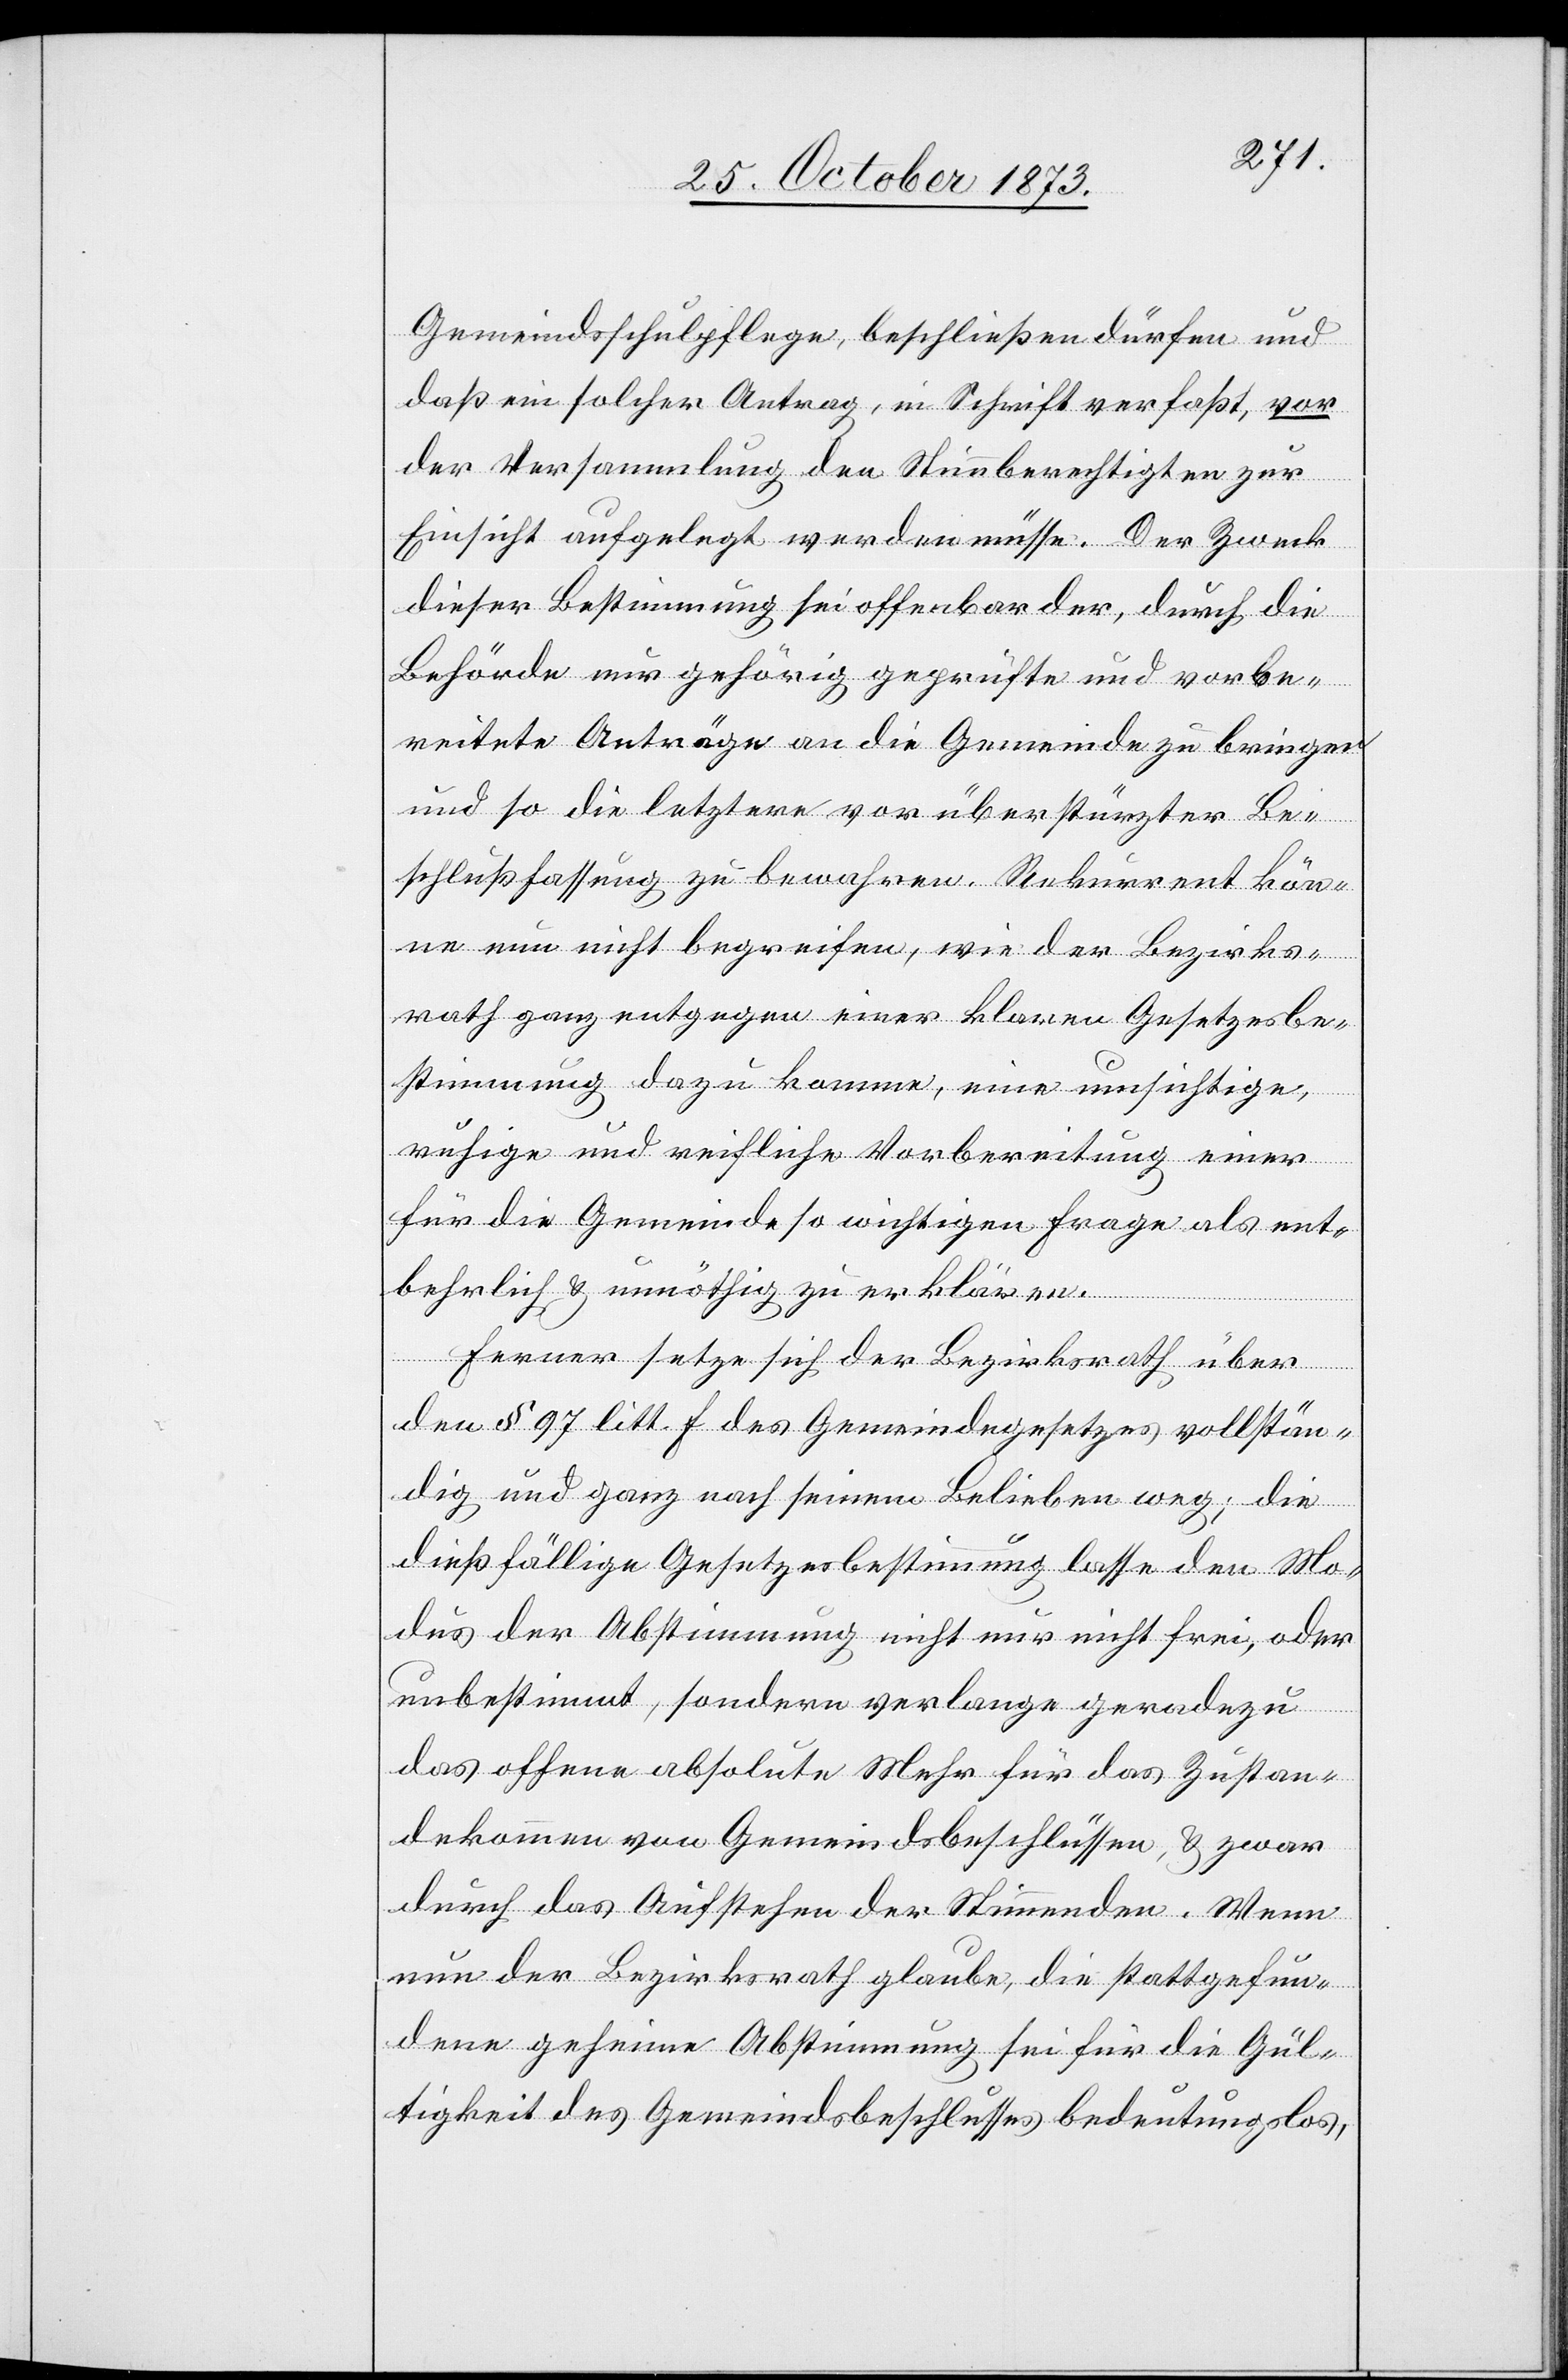
Gemeindsschulpflege, beschließen dürfen und
daß ein solcher Antrag, in Schrift verfaßt, vor
der Versammlung den Stimmberechtigten zur
Einsicht aufgelegt werden müsse. Der Zweck
dieser Bestimmung sei offenbar der, durch die
Behörde nur gehörig geprüfte und vorbe¬
reitete Anträge an die Gemeinde zu bringen
und so die letztere vor überstürzter Be¬
schlußfassung zu bewahren. Rekurrent kön¬
ne nun nicht begreifen, wie der Bezirks¬
rath ganz entgegen einer klaren Gesetzesbe¬
stimmung dazu komme, eine umsichtige,
ruhige und reifliche Vorbereitung einer
für die Gemeinde so wichtigen Frage als ent¬
behrlich & unnöthig zu erklären.
Ferner setze sich der Bezirksrath über
den § 97 litt. F. des Gemeindegesetzes vollstän¬
dig und ganz nach seinem Belieben weg; die
dießfällige Gesetzesbestimmung lasse den Mo¬
dus der Abstimmung nicht nur nicht frei, oder
unbestimmt, sondern verlange geradezu
das offene absolute Mehr für das Zustan¬
dekommen von Gemeindsbeschlüssen, & zwar
durch das Aufstehen der Stimmenden. Wenn
nun der Bezirksrath glaube, die stattgefun¬
dene geheime Abstimmung sei für die Gül¬
tigkeit des Gemeindsbeschlusses bedeutungslos,